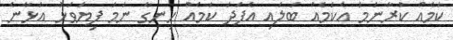
ކަމެއް ކުރާނަމަ އެކަމެއް ބަލައި އެފަދަ ކަމެއް ހިނގާ ނަމަ ފިޔަވަޅު އަޅާނެ